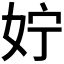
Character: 𪥰